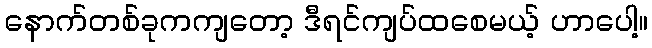
နောက်တစ်ခုကကျတော့ ဒီရင်ကျပ်ထစေမယ့် ဟာပေါ့။